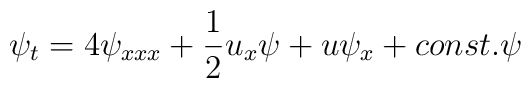
\psi_t = 4\psi_{xxx} +{1 \over 2}u_x \psi + u \psi_x + const. \psi